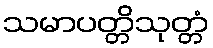
သမာပတ္တိသုတ္တံ